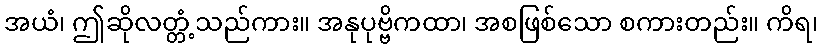
အယံ၊ ဤဆိုလတ္တံ့သည်ကား။ အနုပုဗ္ဗိကထာ၊ အစဖြစ်သော စကားတည်း။ ကိရ၊